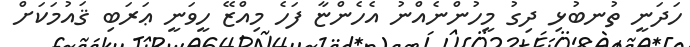
ހަދަނީ ތުނބުޅި ދިގު މީހުންނެއްނު އެހެންޏާ ފަހެ މިއްޒޭ ހީވަނީ ޢަރަބި ޤައުމަކަށް